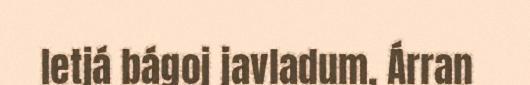
Ietjá bágoj javladum, Árran